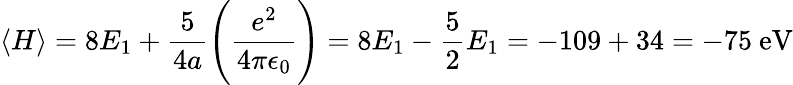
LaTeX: \langle H\rangle=8E_{1}+{\frac{5}{4a}}{\Bigg(}{\frac{e^{2}}{4\pi\epsilon_{0}}}{\Bigg)}=8E_{1}-{\frac{5}{2}}E_{1}=-109+34=-75{\mathrm{~eV}}